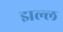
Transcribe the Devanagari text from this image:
झल्ल